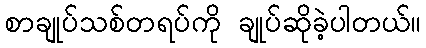
စာချုပ်သစ်တရပ်ကို ချုပ်ဆိုခဲ့ပါတယ်။